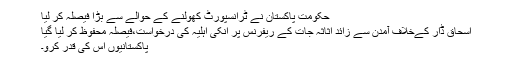
حکومت پاکستان نے ٹرانسپورٹ کھولنے کے حوالے سے بڑا فیصلہ کر لیا
اسحاق ڈار کےخلاف آمدن سے زائد اثاثہ جات کے ریفرنس پر انکی اہلیہ کی درخواست،فیصلہ محفوظ کر لیا گیا
پاکستانیوں اس کی قدر کرو۔